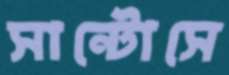
সান্টোসে